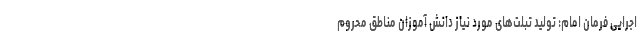
اجرایی فرمان امام: تولید تبلت‌های مورد نیاز دانش آموزان مناطق محروم